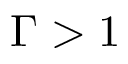
\Gamma > 1